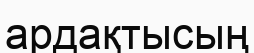
ардақтысың